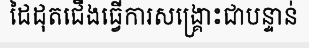
ដៃដុតជើងធ្វើការសង្គ្រោះជាបន្ទាន់